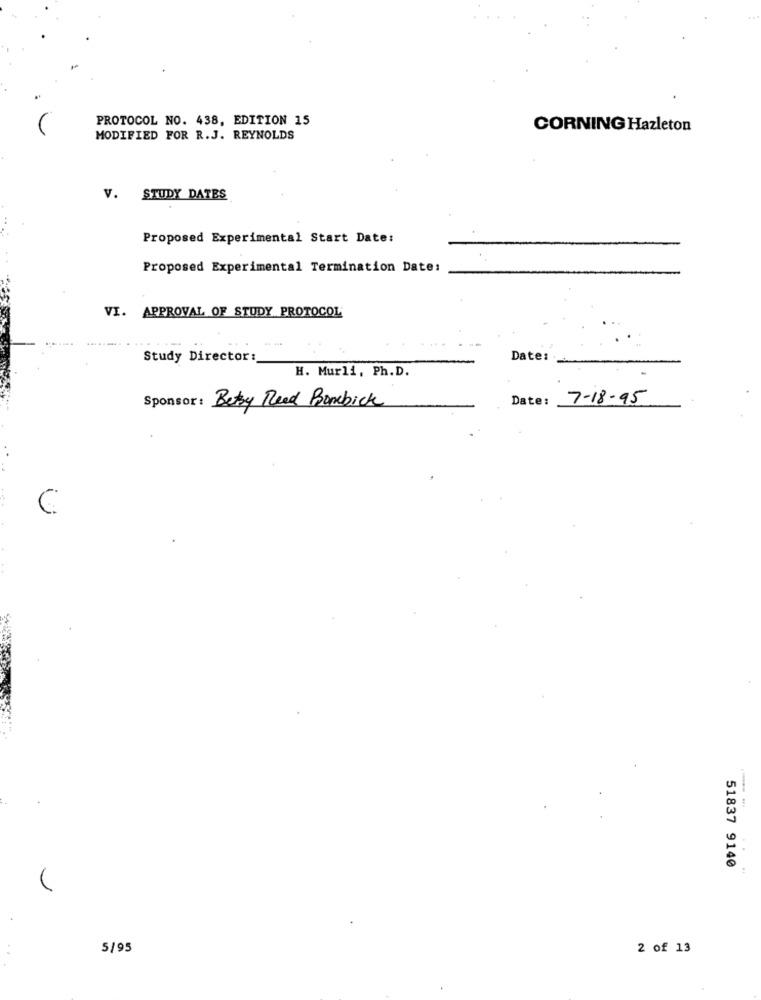
PROTOCOL NO. 438, EDITION 15
CORNING Hazleton
MODIFIED FOR R.J. REYNOLDS
V. STUDY DATES
Proposed Experimental Start Date:
Proposed Experimental Termination Date:
VI. APPROVAL OF STUDY PROTOCOL
Study Director:
Date:
H. Murli, Ph.D.
Date:
7-18-95
Sponsor: Bety Reed Bombick
. .
---- -
51837 9140
5/95
2 of 13